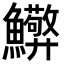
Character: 𮬘